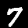
Digit: 7